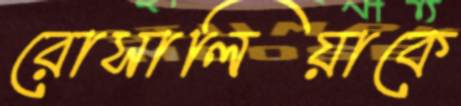
রোসালিয়াকে